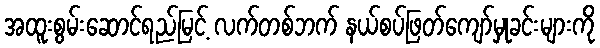
အထူးစွမ်းဆောင်ရည်မြင့် လက်တစ်ဘက် နယ်စပ်ဖြတ်ကျော်မှုခင်းများကို